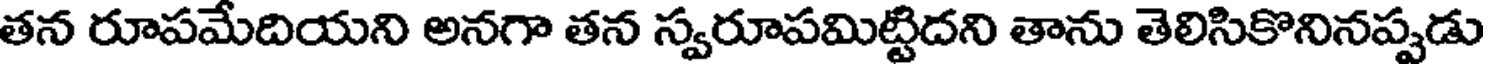
తన రూపమేదియని అనగా తన స్వరూపమిట్టిదని తాను తెలిసికొనినప్పడు